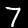
Label: 7